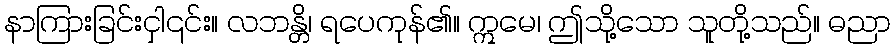
နာကြားခြင်းငှါ၎င်း။ လဘန္တိ၊ ရပေကုန်၏။ ဣမေ၊ ဤသို့သော သူတို့သည်။ ဓညာ